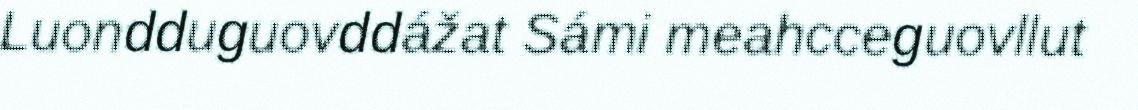
Luondduguovddážat Sámi meahcceguovllut